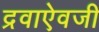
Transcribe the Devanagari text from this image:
द्रवाऐवजी